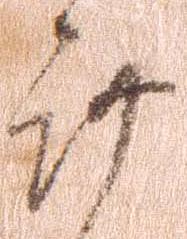
謹